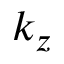
k _ { z }